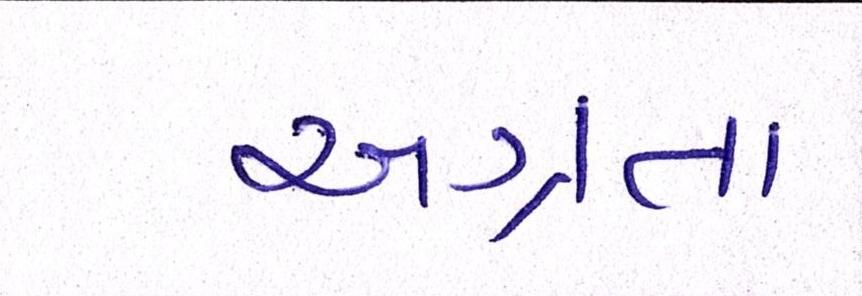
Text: અગ્રતા